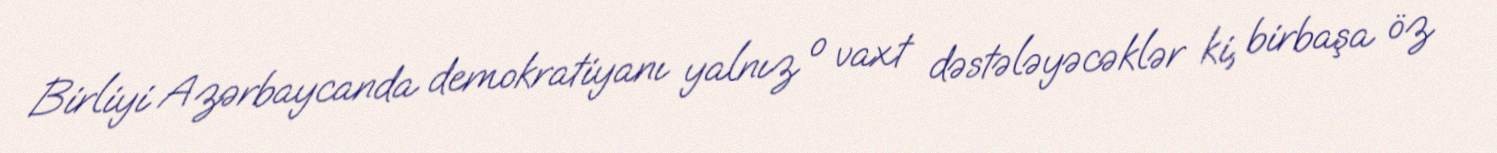
Birliyi Azərbaycanda demokratiyanı yalnız o vaxt dəstələyəcəklər ki, birbaşa öz